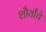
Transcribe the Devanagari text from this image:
शौर्यांचे